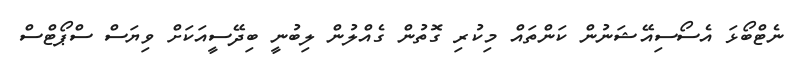
ނެޓްބޯޅަ އެސޯސިއޭޝަނުން ކަންތައް މިކުރި ގޮތުން ގެއްލުން ލިބުނީ ބިދޭސީއަކަށް ވިޔަސް ސްޕޯޓްސް